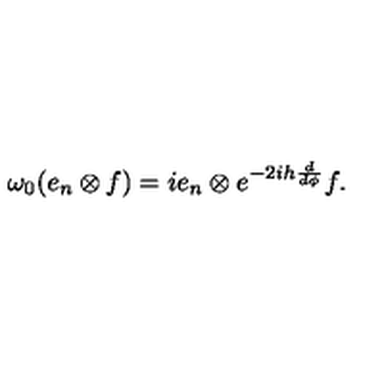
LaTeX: \omega _ { 0 } ( e _ { n } \otimes f ) = i e _ { n } \otimes e ^ { - 2 i h \frac { d } { d \phi } } f .